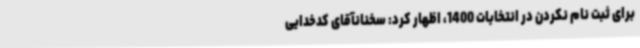
برای ثبت نام نکردن در انتخابات 1400، اظهار کرد: سخنانآقای کدخدایی